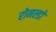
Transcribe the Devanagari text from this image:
रोनल्डो